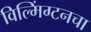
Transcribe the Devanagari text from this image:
विल्मिंग्टनचा